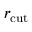
r _ { \mathrm { c u t } }